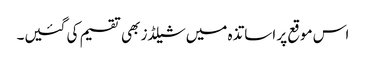
اس موقع پر اساتذہ میں شیلڈز بھی تقسیم کی گئیں۔